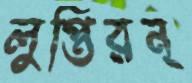
লুপ্তিরন্